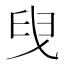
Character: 𦥙